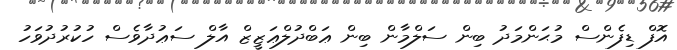
އޮފް ޑިފެންސް މުޙަންމަދު ބިން ސަލްމާން ބިން ޢަބްދުލްޢަޒީޒް އާލް ސަޢުދާވެސް ހުކުރުދުވަހު